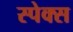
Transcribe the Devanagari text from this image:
स्पेक्स